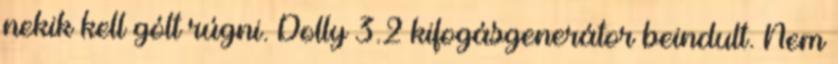
nekik kell gólt rúgni. Dolly 3.2 kifogásgenerátor beindult. Nem